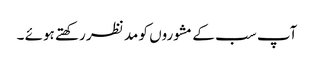
آپ سب کے مشوروں کو مد نظر رکھتے ہوئے ۔